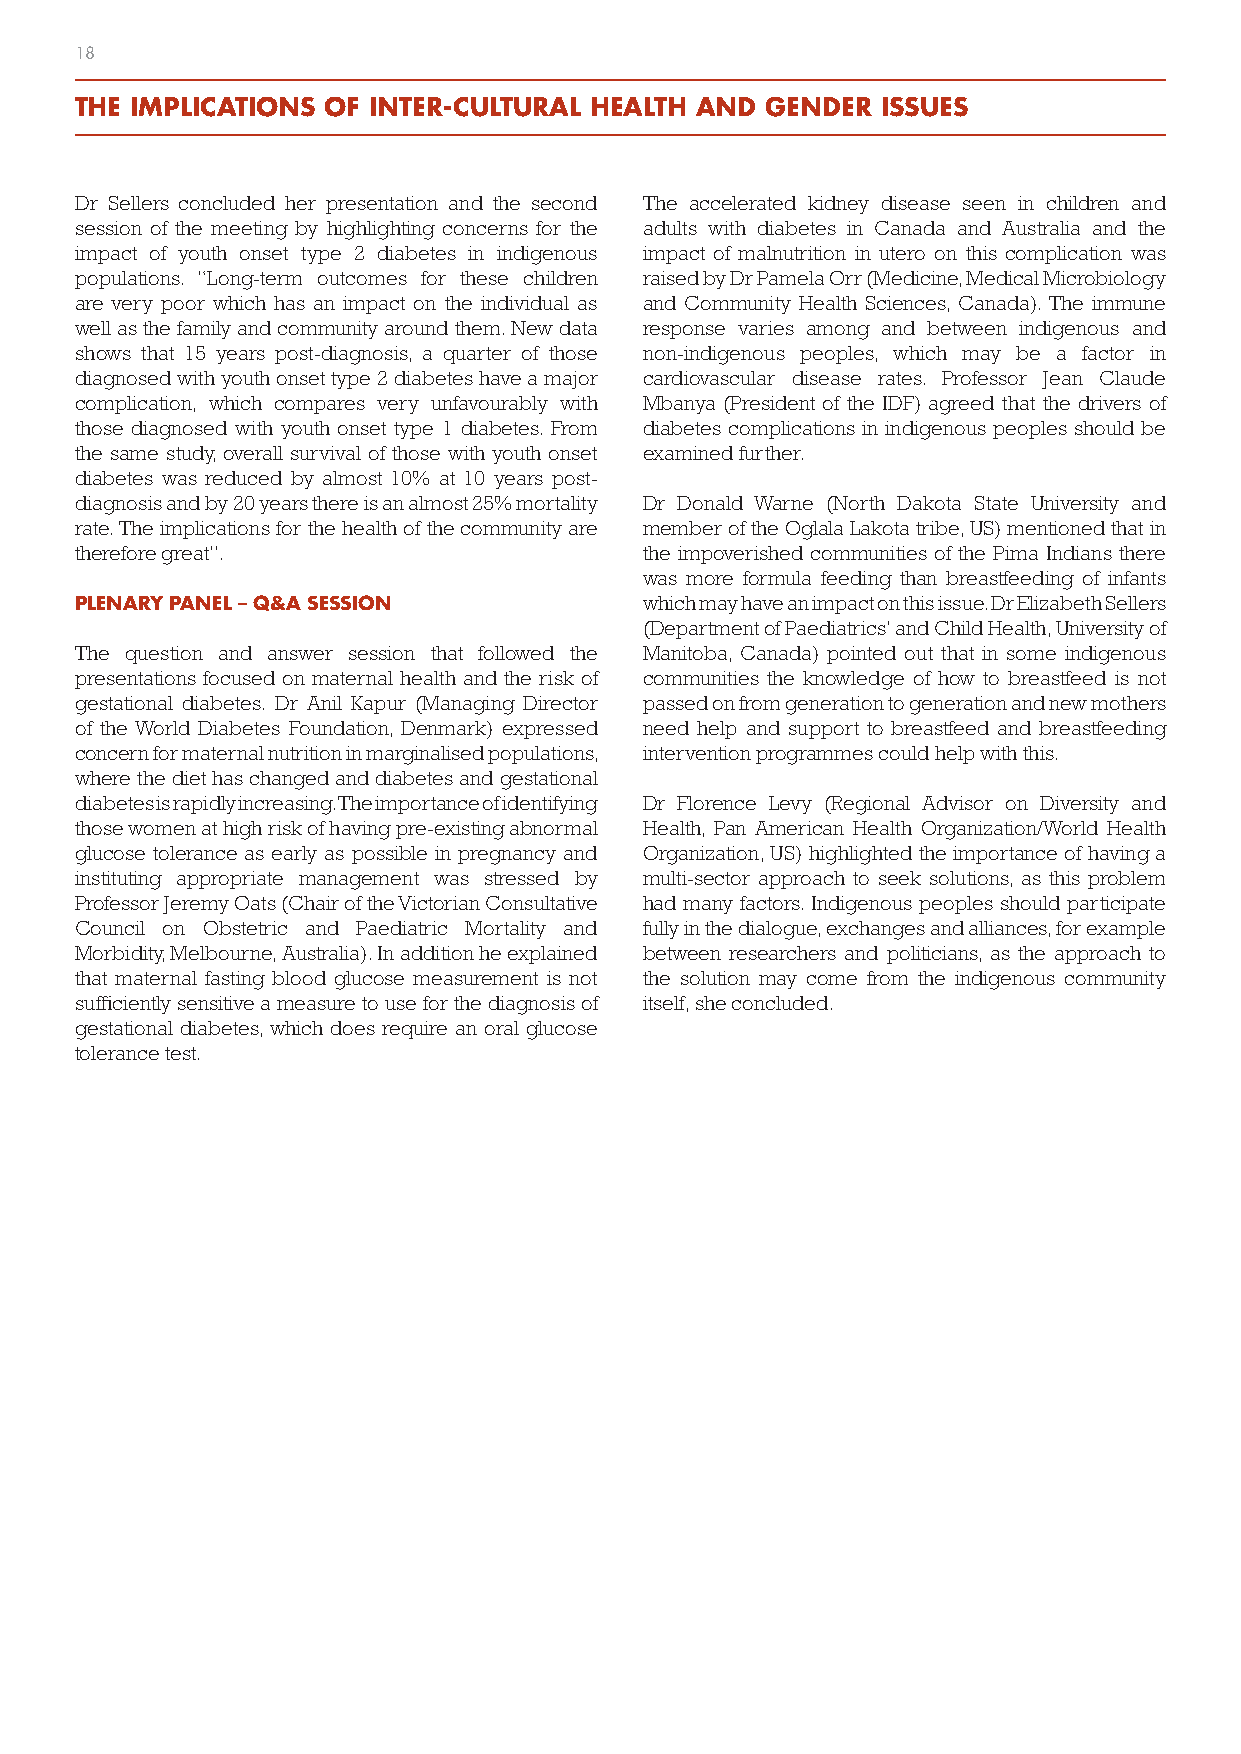
18
 THE IMPLICATIONS OF INTER-CULTURAL HEALTH AND GENDER ISSUES
 Dr Sellers concluded her presentation and the second The accelerated kidney disease seen in children and
 session of the meeting by highlighting concerns for the adults with diabetes in Canada and Australia and the
 impact of youth onset type 2 diabetes in indigenous impact of malnutrition in utero on this complication was
 populations. “Long-term outcomes for these children raised by Dr Pamela Orr (Medicine, Medical Microbiology
 are very poor which has an impact on the individual as and Community Health Sciences, Canada). The immune
 well as the family and community around them. New data response varies among and between indigenous and
 shows that 15 years post-diagnosis, a quarter of those non-indigenous peoples, which may be a factor in
 diagnosed with youth onset type 2 diabetes have a major cardiovascular disease rates. Professor Jean Claude
 complication, which compares very unfavourably with Mbanya (President of the IDF) agreed that the drivers of
 those diagnosed with youth onset type 1 diabetes. From diabetes complications in indigenous peoples should be
 the same study, overall survival of those with youth onset examined further.
 diabetes was reduced by almost 10% at 10 years post-
 diagnosis and by 20 years there is an almost 25% mortality Dr Donald Warne (North Dakota State University and
 rate. The implications for the health of the community are member of the Oglala Lakota tribe, US) mentioned that in
 therefore great”.                     the impoverished communities of the Pima Indians there
 was more formula feeding than breastfeeding of infants
 PLENARY PANEL – Q&A SESSION           which may have an impact on this issue. Dr Elizabeth Sellers
 (Department of Paediatrics’ and Child Health, University of
 The question and answer session that followed the Manitoba, Canada) pointed out that in some indigenous
 presentations focused on maternal health and the risk of communities the knowledge of how to breastfeed is not
 gestational diabetes. Dr Anil Kapur (Managing Director passed on from generation to generation and new mothers
 of the World Diabetes Foundation, Denmark) expressed need help and support to breastfeed and breastfeeding
 concern for maternal nutrition in marginalised populations, intervention programmes could help with this.
 where the diet has changed and diabetes and gestational
 diabetes is rapidly increasing. The importance of identifying Dr Florence Levy (Regional Advisor on Diversity and
 those women at high risk of having pre-existing abnormal Health, Pan American Health Organization/World Health
 glucose tolerance as early as possible in pregnancy and Organization, US) highlighted the importance of having a
 instituting appropriate management was stressed by multi-sector approach to seek solutions, as this problem
 Professor Jeremy Oats (Chair of the Victorian Consultative had many factors. Indigenous peoples should participate
 Council on Obstetric and Paediatric Mortality and fully in the dialogue, exchanges and alliances, for example
 Morbidity, Melbourne, Australia). In addition he explained between researchers and politicians, as the approach to
 that maternal fasting blood glucose measurement is not the solution may come from the indigenous community
 sufficiently sensitive a measure to use for the diagnosis of itself, she concluded.
 gestational diabetes, which does require an oral glucose
 tolerance test.